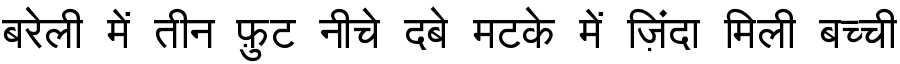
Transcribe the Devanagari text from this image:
बरेली में तीन फ़ुट नीचे दबे मटके में ज़िंदा मिली बच्ची